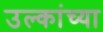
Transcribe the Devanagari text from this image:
उल्कांच्या